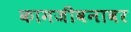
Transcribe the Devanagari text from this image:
कामजीवनावर